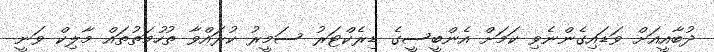
ދުބާއީއަށް ވަޑައިގެންނެވި ކަމަށް އެންބީސީގެ ޑިރެކްޓަރު ސަމީރު ކުރައްވާ ތުހުމަތުތައް މާލިކް ވަނީ